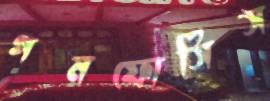
গমফোসিস